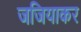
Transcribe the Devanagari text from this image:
जजियाकर